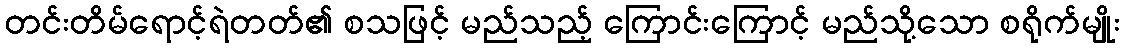
တင်းတိမ်ရောင့်ရဲတတ်၏ စသဖြင့် မည်သည့် ကြောင်းကြောင့် မည်သို့သော စရိုက်မျိုး